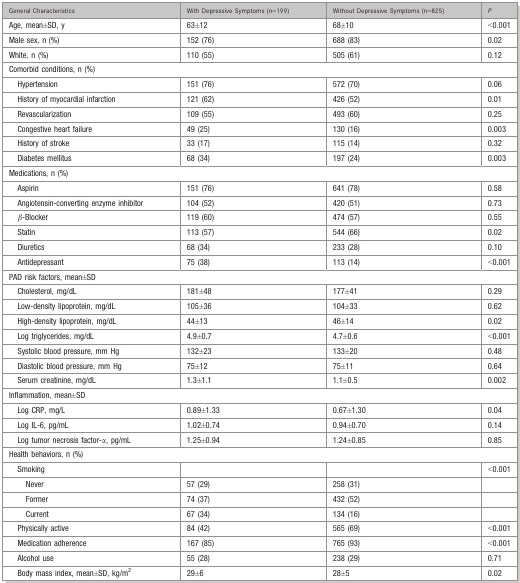
<table><thead><tr><td><b>General Characteristics</b></td><td><b>With Depressive Symptoms (n=199)</b></td><td><b>Without Depressive Symptoms (n=825)</b></td><td><b><i>P</i></b></td></tr></thead><tbody><tr><td>Age, mean±SD, y</td><td>63±12</td><td>68±10</td><td>&lt;0.001</td></tr><tr><td>Male sex, n (%)</td><td>152 (76)</td><td>688 (83)</td><td>0.02</td></tr><tr><td>White, n (%)</td><td>110 (55)</td><td>505 (61)</td><td>0.12</td></tr><tr><td colspan="4">Comorbid conditions, n (%)</td></tr><tr><td>Hypertension</td><td>151 (76)</td><td>572 (70)</td><td>0.06</td></tr><tr><td>History of myocardial infarction</td><td>121 (62)</td><td>426 (52)</td><td>0.01</td></tr><tr><td>Revascularization</td><td>109 (55)</td><td>493 (60)</td><td>0.25</td></tr><tr><td>Congestive heart failure</td><td>49 (25)</td><td>130 (16)</td><td>0.003</td></tr><tr><td>History of stroke</td><td>33 (17)</td><td>115 (14)</td><td>0.32</td></tr><tr><td>Diabetes mellitus</td><td>68 (34)</td><td>197 (24)</td><td>0.003</td></tr><tr><td colspan="4">Medications, n (%)</td></tr><tr><td>Aspirin</td><td>151 (76)</td><td>641 (78)</td><td>0.58</td></tr><tr><td>Angiotensin-converting enzyme inhibitor</td><td>104 (52)</td><td>420 (51)</td><td>0.73</td></tr><tr><td>β-Blocker</td><td>119 (60)</td><td>474 (57)</td><td>0.55</td></tr><tr><td>Statin</td><td>113 (57)</td><td>544 (66)</td><td>0.02</td></tr><tr><td>Diuretics</td><td>68 (34)</td><td>233 (28)</td><td>0.10</td></tr><tr><td>Antidepressant</td><td>75 (38)</td><td>113 (14)</td><td>&lt;0.001</td></tr><tr><td colspan="4">PAD risk factors, mean±SD</td></tr><tr><td>Cholesterol, mg/dL</td><td>181±48</td><td>177±41</td><td>0.29</td></tr><tr><td>Low-density lipoprotein, mg/dL</td><td>105±36</td><td>104±33</td><td>0.62</td></tr><tr><td>High-density lipoprotein, mg/dL</td><td>44±13</td><td>46±14</td><td>0.02</td></tr><tr><td>Log triglycerides, mg/dL</td><td>4.9±0.7</td><td>4.7±0.6</td><td>&lt;0.001</td></tr><tr><td>Systolic blood pressure, mm Hg</td><td>132±23</td><td>133±20</td><td>0.48</td></tr><tr><td>Diastolic blood pressure, mm Hg</td><td>75±12</td><td>75±11</td><td>0.64</td></tr><tr><td>Serum creatinine, mg/dL</td><td>1.3±1.1</td><td>1.1±0.5</td><td>0.002</td></tr><tr><td colspan="4">Inflammation, mean±SD</td></tr><tr><td>Log CRP, mg/L</td><td>0.89±1.33</td><td>0.67±1.30</td><td>0.04</td></tr><tr><td>Log IL-6, pg/mL</td><td>1.02±0.74</td><td>0.94±0.70</td><td>0.14</td></tr><tr><td>Log tumor necrosis factor-α, pg/mL</td><td>1.25±0.94</td><td>1.24±0.85</td><td>0.85</td></tr><tr><td colspan="4">Health behaviors, n (%)</td></tr><tr><td>Smoking</td><td></td><td></td><td>&lt;0.001</td></tr><tr><td>Never</td><td>57 (29)</td><td>258 (31)</td><td></td></tr><tr><td>Former</td><td>74 (37)</td><td>432 (52)</td><td></td></tr><tr><td>Current</td><td>67 (34)</td><td>134 (16)</td><td></td></tr><tr><td>Physically active</td><td>84 (42)</td><td>565 (69)</td><td>&lt;0.001</td></tr><tr><td>Medication adherence</td><td>167 (85)</td><td>765 (93)</td><td>&lt;0.001</td></tr><tr><td>Alcohol use</td><td>55 (28)</td><td>238 (29)</td><td>0.71</td></tr><tr><td>Body mass index, mean±SD, kg/m<sup>2</sup></td><td>29±6</td><td>28±5</td><td>0.02</td></tr></tbody></table>